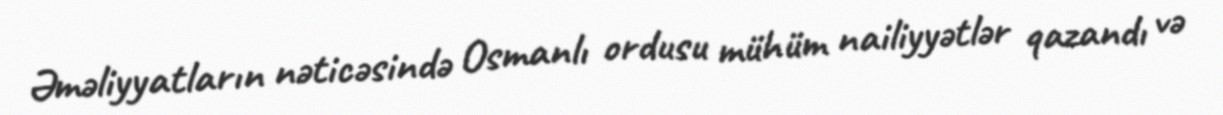
Əməliyyatların nəticəsində Osmanlı ordusu mühüm nailiyyətlər qazandı və